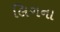
લિગના